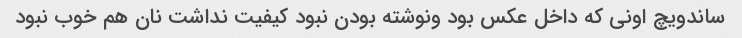
ساندویچ اونی که داخل عکس بود ونوشته بودن نبود کیفیت نداشت نان هم خوب نبود